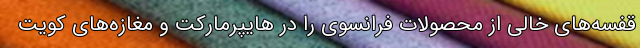
قفسه‌های خالی از محصولات فرانسوی را در هایپرمارکت و مغازه‌های کویت